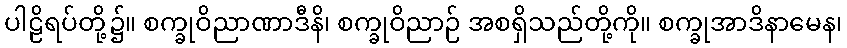
ပါဠိရပ်တို့၌။ စက္ခုဝိညာဏာဒီနိ၊ စက္ခုဝိညာဉ် အစရှိသည်တို့ကို။ စက္ခုအာဒိနာမေန၊